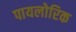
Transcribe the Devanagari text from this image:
पायलोरिक